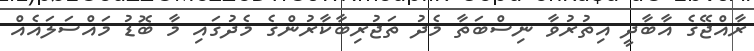
ރާއްޖޭގެ އާބާދީ އިތުރުވާ ނިސްބަތާ މެދު ތަޖުރިބާކާރުންގެ މެދުގައި މާ ބޮޑު މައްސަލައެއް